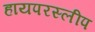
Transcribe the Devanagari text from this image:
हायपरस्लीप